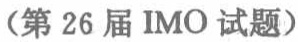
（第 26 届 IMO 试题）